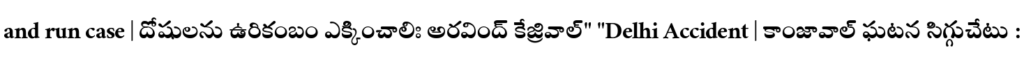
and run case | దోషులను ఉరికంబం ఎక్కించాలిః అరవింద్ కేజ్రివాల్" "Delhi Accident | కాంజావాల్ ఘటన సిగ్గుచేటు :